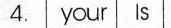
4.your Is